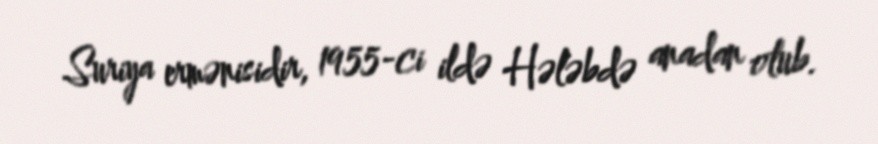
Suriya ermənisidir, 1955-ci ildə Hələbdə anadan olub.